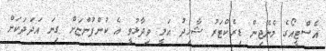
އެސްޓީއޯގެ މެނޭޖިން ޑިރެކްޓަރު ޝާހިދު އަލީ ވިދާޅުވީ އެ ކުންފުންޏަށް ގިނަ އަދަދަކަށް